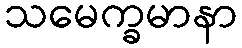
သမေက္ခမာနာ